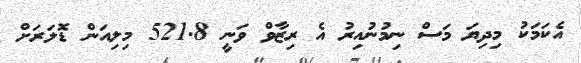
އެކަމަކު މިދިޔަ މަސް ނިމުނުއިރު އެ ރިޒާވް ވަނީ 521.8 މިލިއަން ޑޮލަރަށް